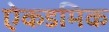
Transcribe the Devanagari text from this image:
ऐकडमिक